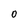
Character: 0